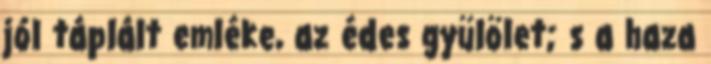
jól táplált emléke, az édes gyülölet; s a haza